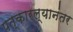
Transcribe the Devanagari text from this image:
पत्कारल्यानंतर